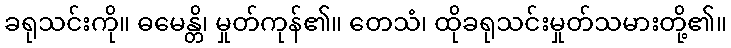
ခရုသင်းကို။ ဓမေန္တိ၊ မှုတ်ကုန်၏။ တေသံ၊ ထိုခရုသင်းမှုတ်သမားတို့၏။